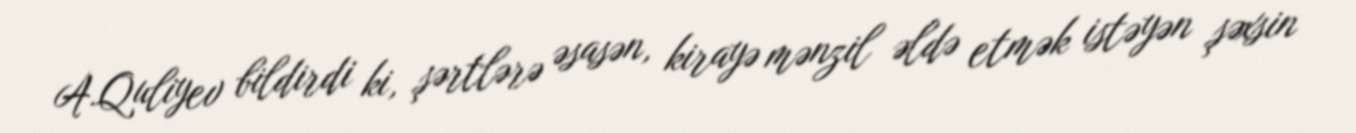
A.Quliyev bildirdi ki, şərtlərə əsasən, kirayə mənzil əldə etmək istəyən şəxsin